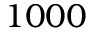
1 0 0 0